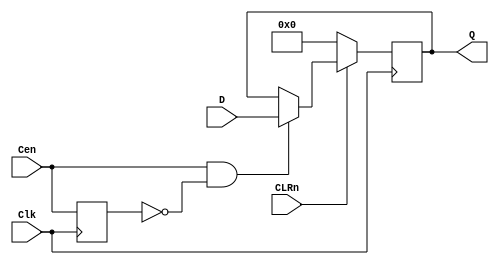
//ttl_74273_sync.v
// Octal D flip-flop with reset; positive-edge-triggered
`default_nettype none
`timescale 1ns/1ps
module ttl_74273_sync #(parameter BLOCKS = 8)
(
    input wire CLRn,
    input wire Clk,
    input wire Cen /* synthesis syn_direct_enable = 1 */,
    input wire [BLOCKS-1:0] D,
    output wire [BLOCKS-1:0] Q
);
    //------------------------------------------------//
    reg [BLOCKS-1:0] Q_current;
    reg last_cen;

    initial Q_current = {(BLOCKS){1'b0}};
    initial last_cen = 1'b1;
    always @(posedge Clk)
    begin
        last_cen <= Cen;
        if (!CLRn) Q_current <= {(BLOCKS){1'b0}};
        else if(Cen && !last_cen) Q_current <= D; //detect rising edge of Cen
    end
    //------------------------------------------------//
    assign Q = Q_current;
endmodule